Indian journal of veterinary science and animal husbandry - Volume 6,
Year: 1936
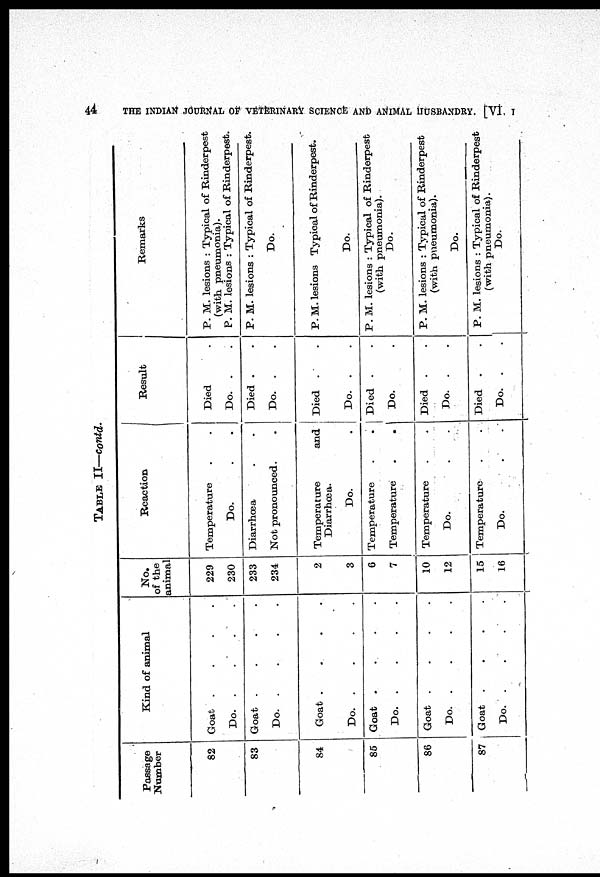
44
THE INDIAN JOURNAL OF VETERINARY SCIENCE AND ANIMAL HUSBANDRY. [VI
I
TABLE II—contd.
Passage
Number
82
83
84
85
86
87
Kind of animal
Goat
.
.
.
.
Do.
.
.
.
.
Goat
.
.
.
.
Do.
.
.
.
.
Goat
.
.
.
.
Do.
.
.
.
.
Goat
.
.
.
.
Do.
.
.
.
.
Goat
.
.
.
.
Do.
.
.
.
.
Goat
.
.
.
.
Do. . . . .
No.
of the
animal
229
230
233
234
2
3
6
7
10
12
15
16
Reaction
Temperature . .
Do. . .
Diarrhœa . .
Not pronounced. .
Temperature
and
Diarrhœa.
Do. .
Temperature . .
Temperature
.
.
Temperature . .
Do. . .
Temperature . .
Do. . .
Result
Died .
Do. . .
Died . .
Do. . .
Died . .
Do. . .
Died . .
Do. .
Died . .
Do. .
Died . .
Do. . .
Remarks
P. M. lesions : Typical of Rinderpest
(with pneumonia).
P. M. lesions : Typical of Rinderpest.
P. M. lesions : Typical of Rinderpest.
Do.
P. M. lesions Typical of Rinderpest.
Do.
P. M. lesions : Typical of Rinderpest
(with pneumonia).
Do.
P. M. lesions : Typical of Rinderpest
(with pneumonia).
Do.
P. M. lesions : Typical of Rinderpest
(with pneumonia).
Do.